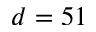
d = 5 1